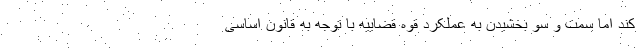
کند اما سمت و سو بخشیدن به عملکرد قوه قضاییه با توجه به قانون اساسی